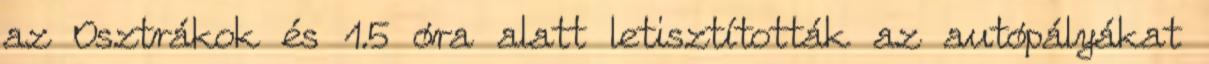
az Osztrákok és 1.5 óra alatt letisztították az autópályákat